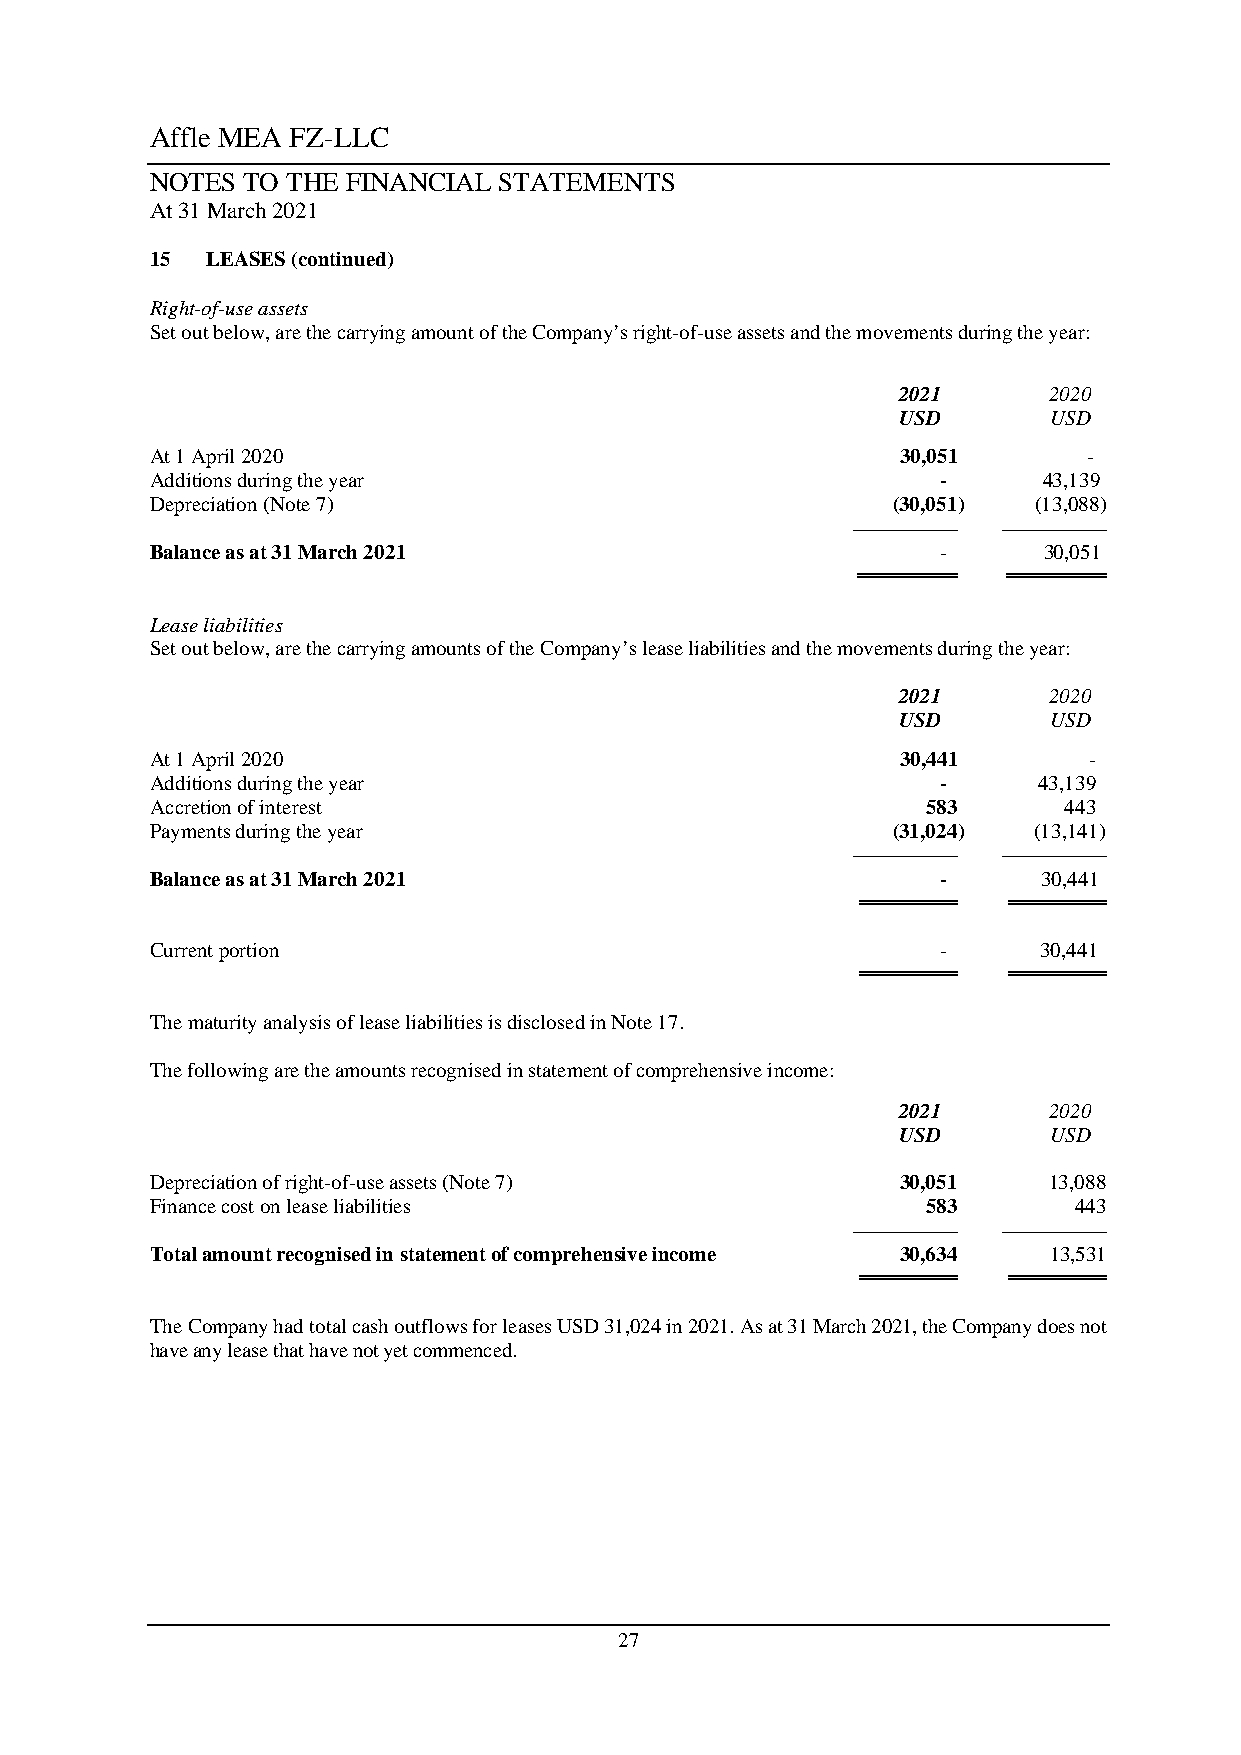
Affle MEA FZ-LLC
 NOTES TO THE FINANCIAL STATEMENTS
 At 31 March 2021
 15  LEASES (continued)
 Right-of-use assets
 Set out below, are the carrying amount of the Company’s right-of-use assets and the movements during the year:
 2021      2020
 USD       USD
 At 1 April 2020                                   30,051      -
 Additions during the year                           -      43,139
 Depreciation (Note 7)                            (30,051) (13,088)
 —————     —————
 Balance as at 31 March 2021                         -      30,051
 ════════  ════════
 Lease liabilities
 Set out below, are the carrying amounts of the Company’s lease liabilities and the movements during the year:
 2021      2020
 USD       USD
 At 1 April 2020                                   30,441      -
 Additions during the year                           -      43,139
 Accretion of interest                              583      443
 Payments during the year                         (31,024) (13,141)
 —————     —————
 Balance as at 31 March 2021                         -      30,441
 ════════  ════════
 Current portion                                     -      30,441
 ════════  ════════
 The maturity analysis of lease liabilities is disclosed in Note 17.
 The following are the amounts recognised in statement of comprehensive income:
 2021      2020
 USD       USD
 Depreciation of right-of-use assets (Note 7)      30,051   13,088
 Finance cost on lease liabilities                  583       443
 —————     —————
 Total amount recognised in statement of comprehensive income 30,634 13,531
 ════════  ════════
 The Company had total cash outflows for leases USD 31,024 in 2021. As at 31 March 2021, the Company does not
 have any lease that have not yet commenced.
 27